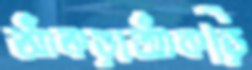
আঁকড়াআঁকড়ি